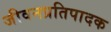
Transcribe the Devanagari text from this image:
जीवनप्रतिपादक